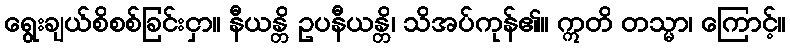
ရွေးချယ်စိစစ်ခြင်းငှာ။ နီယန္တိ ဥပနီယန္တိ၊ သိအပ်ကုန်၏။ ဣတိ တသ္မာ၊ ကြောင့်။